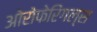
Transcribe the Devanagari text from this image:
ओरोफेरिंगल्स